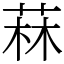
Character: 菻